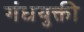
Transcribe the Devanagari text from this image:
गंधयुक्ती